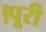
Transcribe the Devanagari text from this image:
।पूरी